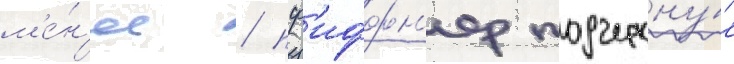
м'е́н'ее / пф'иффн'ер подчеркну́л